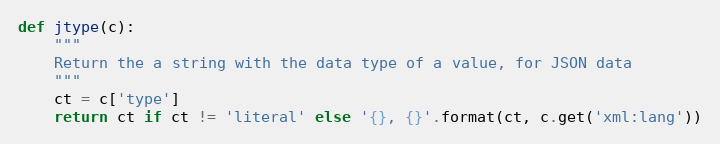
Language: Python
def jtype(c):
    """
    Return the a string with the data type of a value, for JSON data
    """
    ct = c['type']
    return ct if ct != 'literal' else '{}, {}'.format(ct, c.get('xml:lang'))